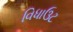
વિધાઉટ